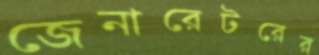
জেনারেটরের